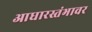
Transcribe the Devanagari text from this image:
आधारस्तंभावर